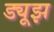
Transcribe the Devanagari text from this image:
ड्यूझ